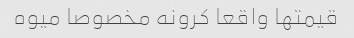
قیمتها واقعا کرونه مخصوصا میوه